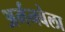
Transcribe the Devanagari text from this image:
अर्मनबेला